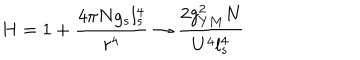
LaTeX: H = 1 + \frac { 4 \pi N g _ { s } l _ { s } ^ { 4 } } { r ^ { 4 } } \rightarrow \frac { 2 g _ { Y M } ^ { 2 } N } { U ^ { 4 } l _ { s } ^ { 4 } }